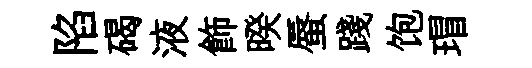
陷碣液飾暌蜃踐饱瑁